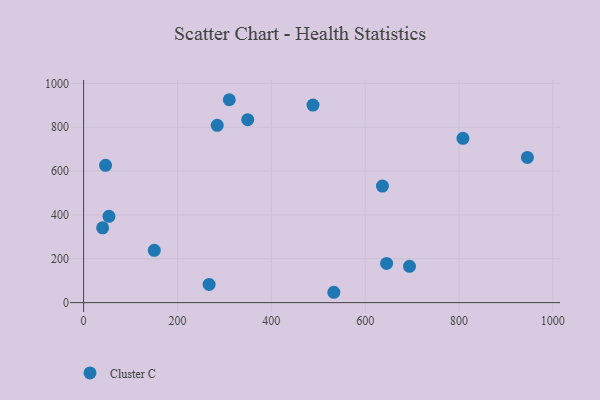
{"axis": {"x": "Speed", "y": "Fuel Efficiency"}, "legend": ["Cluster C"], "data": [{"x": "40.5", "y": 341.3, "type": "Cluster C"}, {"x": "694.5", "y": 165.4, "type": "Cluster C"}, {"x": "533.2", "y": 47.2, "type": "Cluster C"}, {"x": "645.7", "y": 178.9, "type": "Cluster C"}, {"x": "54.0", "y": 393.6, "type": "Cluster C"}, {"x": "488.8", "y": 900.6, "type": "Cluster C"}, {"x": "310.4", "y": 925.2, "type": "Cluster C"}, {"x": "636.8", "y": 531.6, "type": "Cluster C"}, {"x": "267.4", "y": 83.2, "type": "Cluster C"}, {"x": "808.4", "y": 749.3, "type": "Cluster C"}, {"x": "150.6", "y": 238.3, "type": "Cluster C"}, {"x": "284.7", "y": 808.3, "type": "Cluster C"}, {"x": "349.7", "y": 834.2, "type": "Cluster C"}, {"x": "945.7", "y": 662.0, "type": "Cluster C"}, {"x": "46.7", "y": 626.2, "type": "Cluster C"}]}